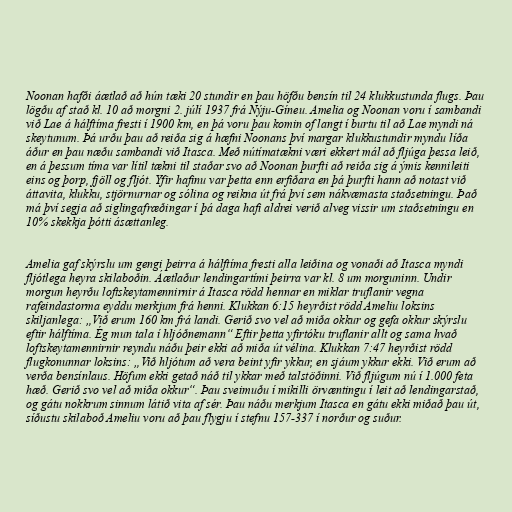
Noonan hafði áætlað að hún tæki 20 stundir en þau höfðu bensín til 24 klukkustunda flugs. Þau
lögðu af stað kl. 10 að morgni 2. júlí 1937 frá Nýju-Gíneu. Amelia og Noonan voru í sambandi
við Lae á hálftíma fresti í 1900 km, en þá voru þau komin of langt í burtu til að Lae myndi ná
skeytunum. Þá urðu þau að reiða sig á hæfni Noonans því margar klukkustundir myndu líða
áður en þau næðu sambandi við Itasca. Með nútímatækni væri ekkert mál að fljúga þessa leið,
en á þessum tíma var lítil tækni til staðar svo að Noonan þurfti að reiða sig á ýmis kennileiti
eins og þorp, fjöll og fljót. Yfir hafinu var þetta enn erfiðara en þá þurfti hann að notast við
áttavita, klukku, stjörnurnar og sólina og reikna út frá því sem nákvæmasta staðsetningu. Það
má því segja að siglingafræðingar í þá daga hafi aldrei verið alveg vissir um staðsetningu en
10% skekkja þótti ásættanleg.

Amelia gaf skýrslu um gengi þeirra á hálftíma fresti alla leiðina og vonaði að Itasca myndi
fljótlega heyra skilaboðin. Áætlaður lendingartími þeirra var kl. 8 um morguninn. Undir
morgun heyrðu loftskeytamennirnir á Itasca rödd hennar en miklar truflanir vegna
rafeindastorma eyddu merkjum frá henni. Klukkan 6:15 heyrðist rödd Ameliu loksins
skiljanlega: „Við erum 160 km frá landi. Gerið svo vel að miða okkur og gefa okkur skýrslu
eftir hálftíma. Ég mun tala í hljóðnemann“ Eftir þetta yfirtóku truflanir allt og sama hvað
loftskeytamennirnir reyndu náðu þeir ekki að miða út vélina. Klukkan 7:47 heyrðist rödd
flugkonunnar loksins: „Við hljótum að vera beint yfir ykkur, en sjáum ykkur ekki. Við erum að
verða bensínlaus. Höfum ekki getað náð til ykkar með talstöðinni. Við fljúgum nú í 1.000 feta
hæð. Gerið svo vel að miða okkur“. Þau sveimuðu í mikilli örvæntingu í leit að lendingarstað,
og gátu nokkrum sinnum látið vita af sér. Þau náðu merkjum Itasca en gátu ekki miðað þau út,
síðustu skilaboð Ameliu voru að þau flygju í stefnu 157-337 í norður og suður.